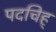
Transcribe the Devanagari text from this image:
पदचिह्